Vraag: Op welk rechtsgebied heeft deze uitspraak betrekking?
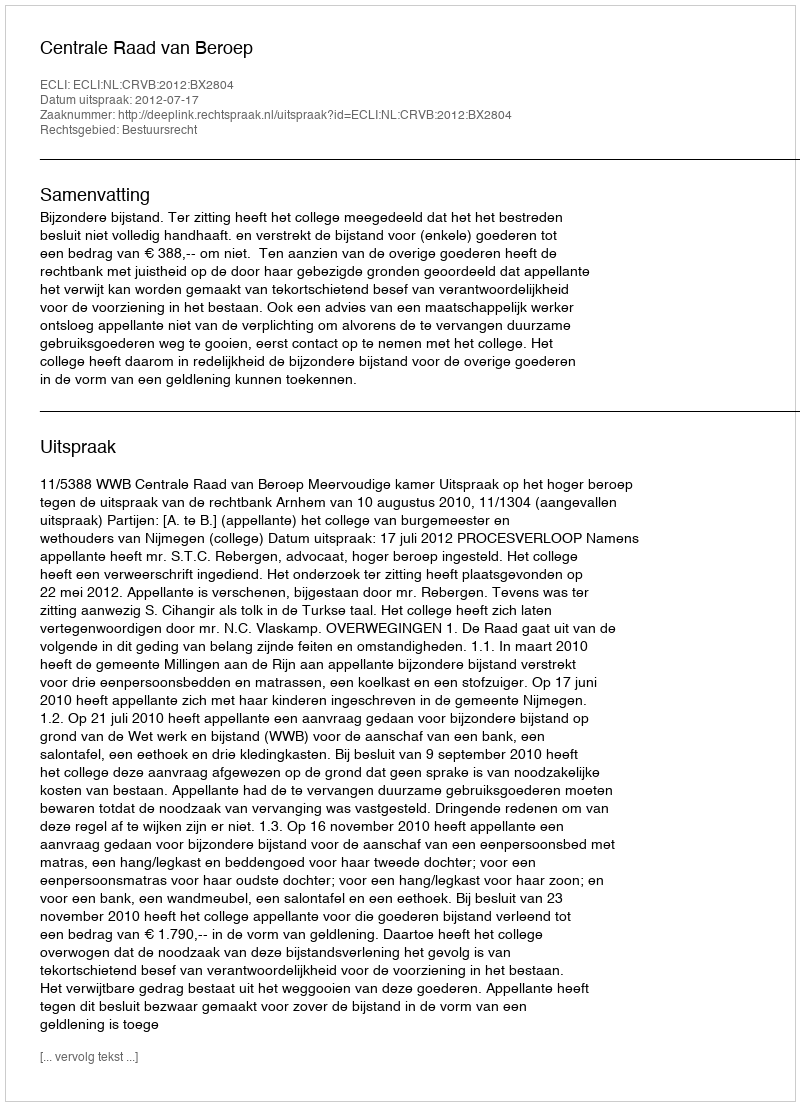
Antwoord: Bestuursrecht